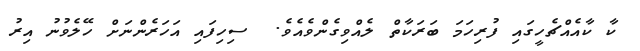
ކާ ކާއެއްޗެހީގައި ފުރިހަމަ ބަރަކާތް ލެއްވިގެންވެއެވެ.  ސިހިފައި އަހަރެންނަށް ހޭލެވުނު އިރު